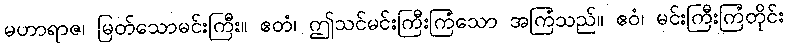
မဟာရာဇ၊ မြတ်သောမင်းကြီး။ ဧတံ၊ ဤသင်မင်းကြီးကြံသော အကြံသည်။ ဧဝံ၊ မင်းကြီးကြံတိုင်း